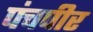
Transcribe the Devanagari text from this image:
पंचपीर